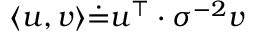
\langle u , v \rangle \dot { = } u ^ { \top } \cdot { \sigma } ^ { - 2 } v